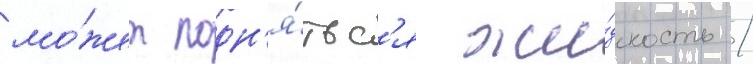
мо́жет подн'я́тьс'я жи́дкость /